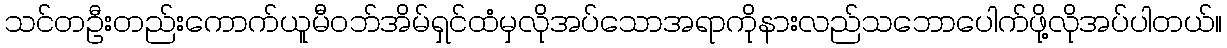
သင်တဦးတည်းကောက်ယူမီဝဘ်အိမ်ရှင်ထံမှလိုအပ်သောအရာကိုနားလည်သဘောပေါက်ဖို့လိုအပ်ပါတယ်။